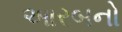
આરબનો